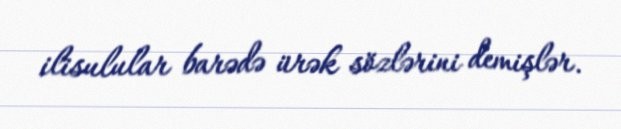
ilisulular barədə ürək sözlərini demişlər.